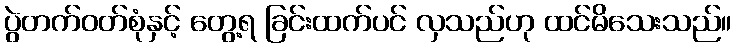
ပွဲတက်ဝတ်စုံနှင့် တွေ့ရ ခြင်းထက်ပင် လှသည်ဟု ထင်မိသေးသည်။